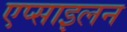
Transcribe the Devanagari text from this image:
एप्साइलन